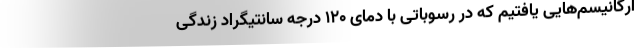
ارگانیسم‌هایی یافتیم که در رسوباتی با دمای ۱۲۰ درجه سانتیگراد زندگی